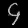
Digit: ၄